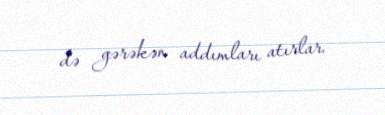
də gərəkən addımları atırlar.